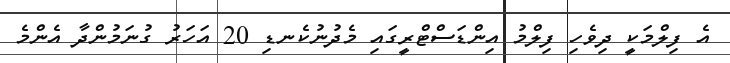
އެ ފިލްމަކީ ދިވެހި ފިލްމު އިންޑަސްޓްރީގައި މެދުނުކެނޑި 20 އަހަރު ގުނަމުންދާ އެންމެ